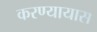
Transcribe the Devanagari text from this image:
करण्यायास